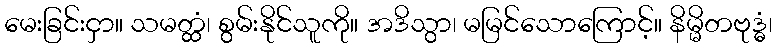
မေးခြင်းငှာ။ သမတ္ထံ၊ စွမ်းနိုင်သူကို။ အဒိသွာ၊ မမြင်သောကြောင့်။ နိမ္မိတဗုဒ္ဓံ၊